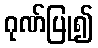
ဂုဏ်ပြု၍